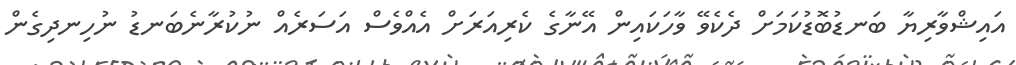
އައިޝްވާރިޔާ ބަނޑުބޮޑުކަމަށް ދެކެވޭ ވާހަކައިން އޭނާގެ ކެރިއަރަށް އެއްވެސް އަސަރެއް ނުކުރާނެބަނޑު ނުހިނދިގެން